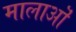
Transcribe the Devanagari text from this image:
मालाऒं